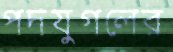
পদযুগলের